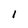
Character: 1